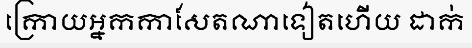
ក្រោយអ្នកកាសែតណាទៀតហើយ ដាក់